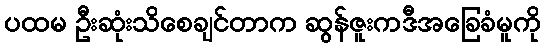
ပထမ ဦးဆုံးသိစေချင်တာက ဆွန်ဇူးကဒီအခြေခံမူကို